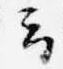
云